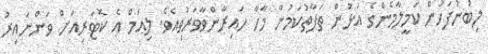
ލިބުނުފަހުން ކަމީލާމެންގެ އުޅުން ތަފާތުކަމުން މާހާ ހައިރާންވާވަރުވިއެވެ. ލިއަމް އެ ކޮޓަރިއަށް ވަންނައިރު